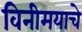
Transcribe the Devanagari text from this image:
विनीमयाचे